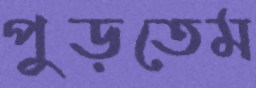
পুড়তেম